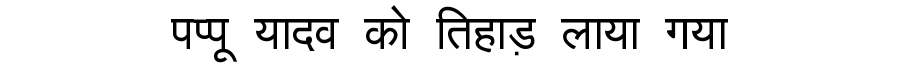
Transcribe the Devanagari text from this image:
पप्पू यादव को तिहाड़ लाया गया